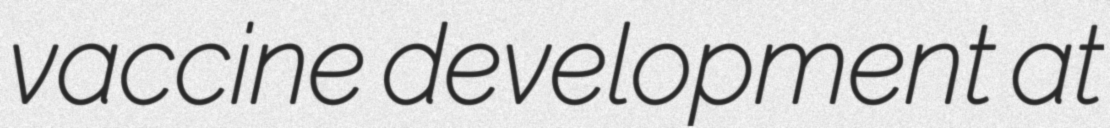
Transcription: vaccine development at